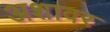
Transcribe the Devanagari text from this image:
अशावर